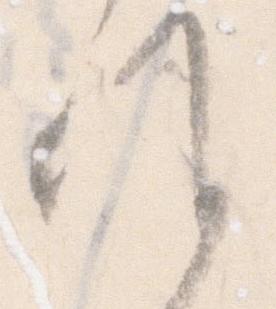
候